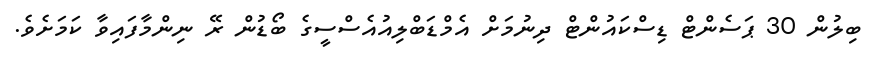
ބިލުން 30 ޕަސެންޓް ޑިސްކައުންޓް ދިނުމަށް އެމްޑަބްލިއުއެސްސީގެ ބޯޑުން ރޭ ނިންމާފައިވާ ކަމަށެވެ.